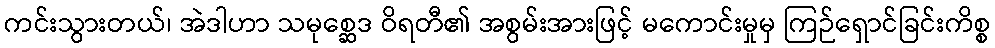
ကင်းသွားတယ်၊ အဲဒါဟာ သမုစ္ဆေဒ ဝိရတီ၏ အစွမ်းအားဖြင့် မကောင်းမှုမှ ကြဉ်ရှောင်ခြင်းကိစ္စ